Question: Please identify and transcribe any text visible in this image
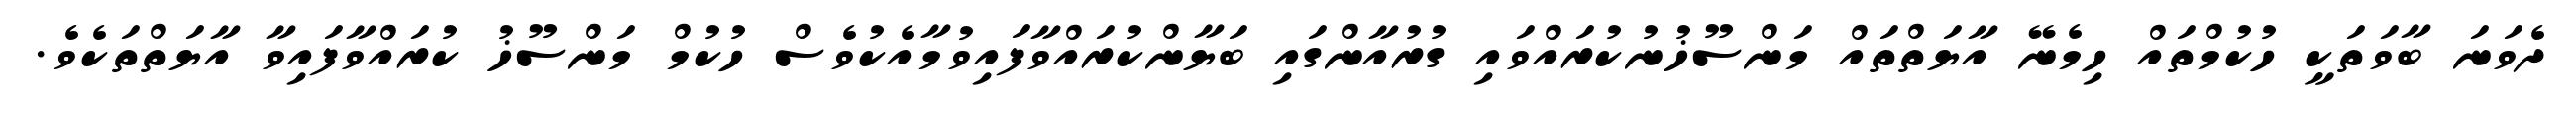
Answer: ދެވަނަ ބާވަތަކީ ހުކުމްތައް ހިމެނޭ އާޔަތްތައް މަންސޫޚުނުކުރައްވައި ގުރުއާންގައި ބަޔާންކުރައްވާފައިވުމާއެކުވެސް ހުކުމް މަންސޫޚު ކުރައްވާފައިވާ އާޔަތްތަކެވެ.